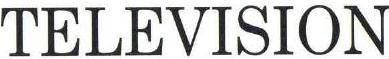
TELEVISION